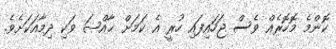
ކޮންމެ މޮހޮރެއް ވެސް ޖަހައިފައި ހުރީ އެ ކަމަށް ޚާއްޞަ ވަކި ދިމާއަކަށެވެ.